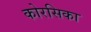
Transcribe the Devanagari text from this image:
कोरसिका